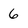
Character: 6